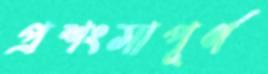
প্রশংসাপূর্ণ